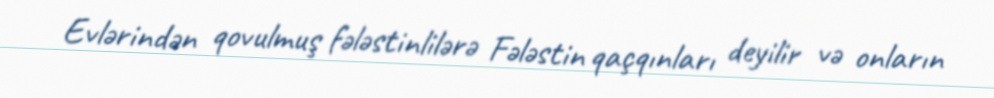
Evlərindən qovulmuş fələstinlilərə Fələstin qaçqınları deyilir və onların